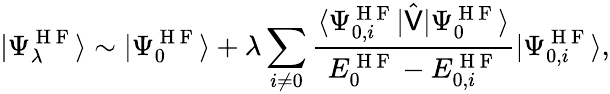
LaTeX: |\Psi_{\lambda}^{\mathrm{~H~F~}}\rangle\sim|\Psi_{0}^{\mathrm{~H~F~}}\rangle+\lambda\sum_{i\neq 0}\frac{\langle\Psi_{0,i}^{\mathrm{~H~F~}}|\hat{\mathsf{V}}|\Psi_{0}^{\mathrm{~H~F~}}\rangle}{E_{0}^{\mathrm{~H~F~}}-E_{0,i}^{\mathrm{~H~F~}}}|\Psi_{0,i}^{\mathrm{~H~F~}}\rangle,